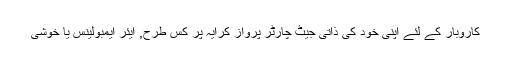
کاروبار کے لئے اپنی خود کی ذاتی جیٹ چارٹر پرواز کرایہ پر کس طرح, ایئر ایمبولینس یا خوشی